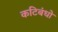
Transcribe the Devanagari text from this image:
कटिबंधो